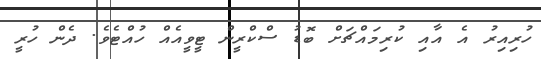
ހުރިއިރު އެ އާއި ކުރިމައްޗަށް ބޮޑު ސްކްރީން ޓީވީއެއް ހުއްޓެވެ. ދެން ހުރީ